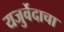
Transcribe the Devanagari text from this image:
यजुर्वेदाचा